Report of the Municipal Commissioner on the plague in Bombay for the year ending 31st May... - Volume 1
Disease focus: Plague
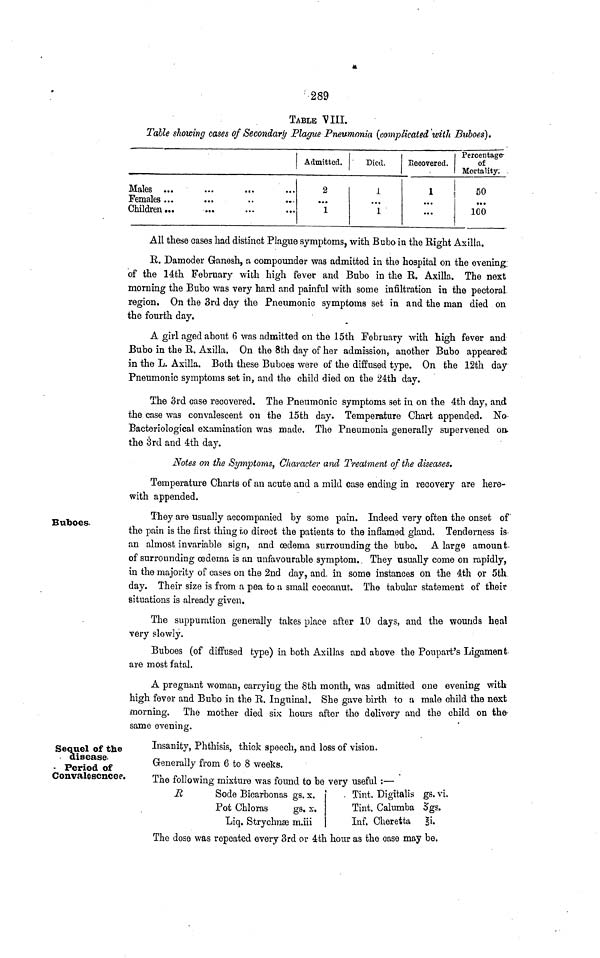
TABLE VIII.
Table showing cases of Secondary Plague Pneumonia (complicated with Buboes).
Males ...
Females ...
Children...
Admitted.
2
...
1
Died.
1
...
1
Recovered.
1
.·.
...
Percentage-
of
Mortality;
50
100
All these oases had distinct Plague symptoms, with Bubo in the Right Axilla.
B. Damoder Ganesh, a compounder was admitted in the hospital on the evening
of the 14th February with high fever and Bubo in the B. Axilla. The next
morning the Bubo was very hard and painful with some infiltration in the pectoral,
region, On the 3rd day the Pneumonic symptoms set in and the man died on
the fourth day.
A girl aged about 6 was admitted on the 15th February with high fever and
Bubo in the R. Axilla, On the 8th day of her admission, another Bubo appeared;
in the L. Axilla. Both these Buboes were of the diffused type. On the 12th day
Pneumonic symptoms set in, and the child died on the 24th day.
The 3rd case recovered. The Pneumonic symptoms set in on the 4th day, and
the case was convalescent on the 15th day. Temperature Chart appended. No-
Bacteriological examination was made. The Pneumonia generally supervened on.
the 3rd and 4th day.
Notes on the Symptoms, Character and Treatment of the diseases,
Temperature Charts of an acute and a mild case ending in recovery are here-
with appended.
Buboes.
They are usually accompanied by some pain. Indeed very often the onset of
the pain is the first thing to direct the patients to the inflamed gland. Tenderness is
an almost invariable sign, and oedema surrounding the bubo. A large amount-
of surrounding oedema is an unfavourable symptom.. They usually come on rapidly,
in the majority of cases on the 2nd day, and. in some instances on the 4th or 5th
day. Their size is from a pea to a small cocoanut. The tabular statement of their
situations is already given.
The suppuration generally takes place after 10 days, and the wounds heal
very slowly.
Buboes (of diffused type) in both Axillas and above the Poupart's Ligament
are most fatal.
A pregnant woman, carrying the 8th month, was admitted one evening with
high fever and Bubo in the R. Inguinal. She gave birth to a male child the next
morning. The mother died six hours after the delivery and the child on the-
same evening.
Sequel of the
disease.
Period of
Convalescncee.
Insanity, Phthisis, thick speech, and loss of vision.
Generally from 6 to 8 weeks.
The following mixture was found to be very useful :—
B
Sode Bicarbonas gs. x.
Pot Chloras
gs. x.
Liq. Strychnæ m.iii
Tint. Digitalis gs. vi.
Tint. Calumba 3gs.
Inf. Cheretta 3i.
The dose was repeated every 3rd or 4th hour as the case may be.